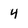
Character: 4